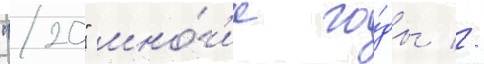
"20" мно́г'ие го́ды //